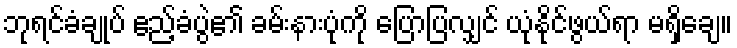
ဘုရင်ခံချုပ် ဧည့်ခံပွဲ၏ ခမ်းနားပုံကို ပြောပြလျှင် ယုံနိုင်ဖွယ်ရာ မရှိချေ။